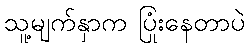
သူ့မျက်နှာက ပြုံးနေတာပဲ